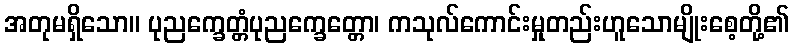
အတုမရှိသော။ ပုညက္ခေတ္တံပုညက္ခေတ္တော၊ ကသုလ်ကောင်းမှုတည်းဟူသောမျိုးစေ့တို့၏